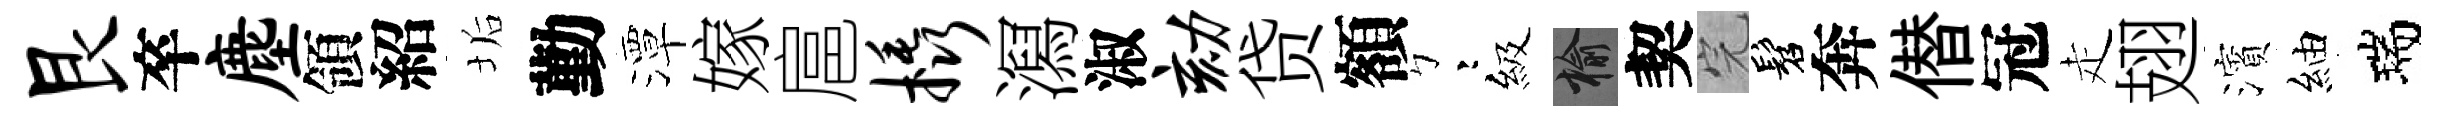
艮卒麈領紹垢勤潭嫁扈橇㵼淑劾贷額彎級榆契完髫奔僣冠走翅濱紬瑞